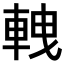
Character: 𨋯